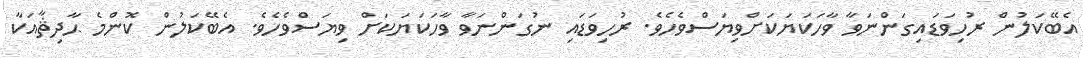
އެބޭކަލުން ރުހިވަޑައިގަންނަވާ ވާހަކަޔަކަށްވިޔަސްވެހެވެ. ރުހިވަޑައި ނުގަންނަވާ ވާހަކަޔަކަށް ވިޔަސްވެހެވެ. އެބޭކަލުން ކޮންމެ ޙާދިޘާއަކާ